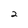
Character: 2